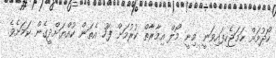
ހޯދުމަށް ހަމަޖެހިފައިވަނީ މިނީ މޯލް އިމާރާތް ކުރުމަށް ފަހު އެތަން ކުއްޔަށްދީގެން ކަމަށެވެ.